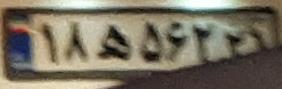
۱۸ه۵۶۲۲۱